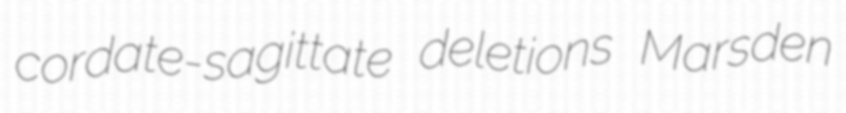
cordate-sagittate deletions Marsden